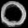
Digit: ၀